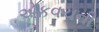
એકવચની